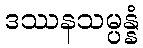
ဒဿနသမ္ပန္နံ